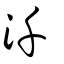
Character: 汘